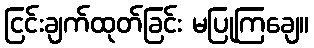
ငြင်းချက်ထုတ်ခြင်း မပြုကြချေ။